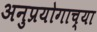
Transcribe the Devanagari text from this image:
अनुप्रयोगाच्या